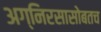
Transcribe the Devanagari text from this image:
अग्निरसासोबतच